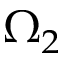
\Omega _ { 2 }